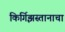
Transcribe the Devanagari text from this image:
किर्गिझस्तानाचा